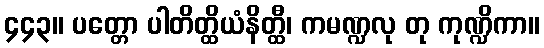
၄၄၃။ ပတ္တော ပါတိတ္ထိယံနိတ္ထီ၊ ကမဏ္ဍလု တု ကုဏ္ဍိကာ။